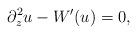
LaTeX: \begin{align*}\partial_z^2{u}-W'(u)=0,\end{align*}